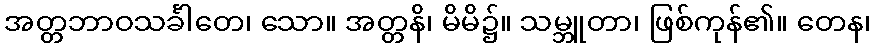
အတ္တဘာဝသင်္ခါတေ၊ သော။ အတ္တနိ၊ မိမိ၌။ သမ္ဘူတာ၊ ဖြစ်ကုန်၏။ တေန၊